Investigations into the jail dietaries of the United Provinces with some observations on the influence of dietary on the physical development and well-being of the people of the United Provinces - Number 48
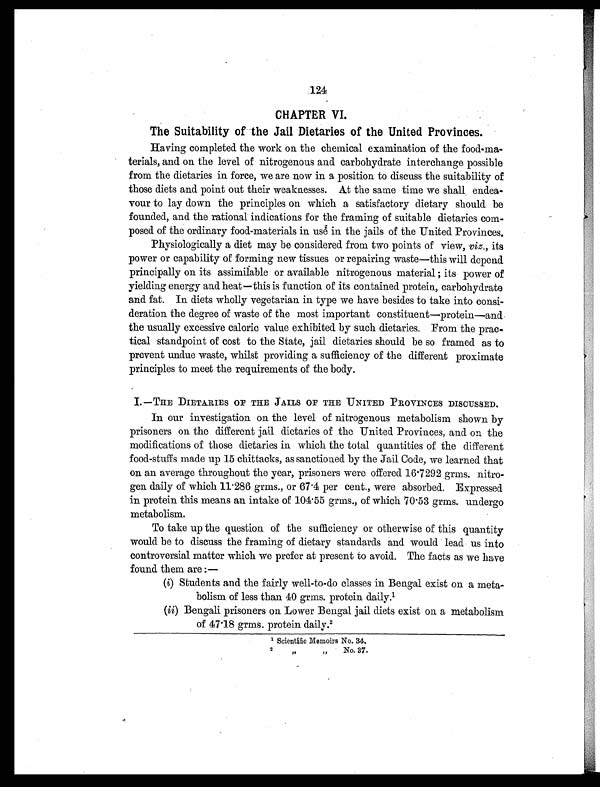
124
CHAPTER VI.
The Suitability of the Jail Dietaries of the United Provinces.
Having completed the work on the chemical examination of the food-ma-
terials, and on the level of nitrogenous and carbohydrate interchange possible
from the dietaries in force, we are now in a position to discuss the suitability of
those diets and point out their weaknesses. At the same time we shall endea-
vour to lay down the principles on which a satisfactory dietary should be
founded, and the rational indications for the framing of suitable dietaries com-
posed of the ordinary food-materials in use in the jails of the United Provinces.
Physiologically a diet may be considered from two points of view, viz., its
power or capability of forming new tissues or repairing waste—this will depend.
principally on its assimilable or available nitrogenous material; its power of
yielding energy and heat—this is function of its contained protein, carbohydrate
and fat. In diets wholly vegetarian in type we have besides to take into consi-
deration the degree of waste of the most important constituent—protein—and
the usually excessive caloric value exhibited by such dietaries. From the prac-
tical standpoint of cost to the State, jail dietaries should be so framed as to
prevent undue waste, whilst providing a sufficiency of the different proximate
principles to meet the requirements of the body.
I . — T H E D I E T A R I E S O F T H E J A I L S O F T H E U N I T E D P R O V I N C E S D I S C U S S E D .
In our investigation on the level of nitrogenous metabolism shown by
prisoners on the different jail dietaries of the United Provinces, and on the
modifications of those dietaries in which the total quantities of the different
food-stuffs made up 15 chittacks, as sanctioned by the Jail Code, we learned that
on an average throughout the year, prisoners were offered 16.7292 grms. nitro-
gen daily of which 11.286 grms., or 67.4 per cent., were absorbed. Expressed
in protein this means an intake of 104.55 grms., of which 70.53 grms. undergo
metabolism.
To take up the question of the sufficiency or otherwise of this quantity
would be to discuss the framing of dietary standards and would lead us into
controversial matter which we prefer at present to avoid. The facts as we have
found them are:—
(i) Students and the fairly well-to-do classes in Bengal exist on a meta-
bolism of less than 40 grms. protein daily.1
(ii) Bengali prisoners on Lower Bengal jail diets exist on a metabolism
of 47.18 grms. protein daily. 2
1 Scientific Memoirs No. 34.
2 ,,
,,No. 37.